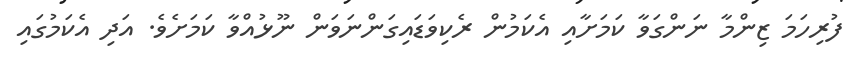
ފުރިހަމަ ޒިންމާ ނަންގަވާ ކަމަށާއި އެކަމުން ރެކިވަޑައިގަންނަވަން ނޫޅުއްވާ ކަމަށެވެ. އަދި އެކަމުގައި